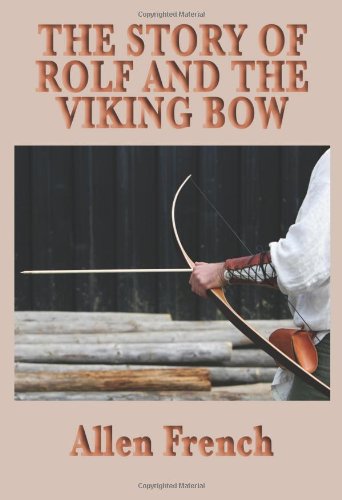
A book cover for The Story of Rolf and the Viking Bow; Allen French; Teen & Young Adult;